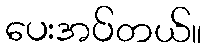
ပေးအပ်တယ်။